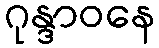
ဂုန္ဒာဝနေ